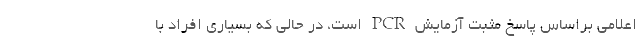
اعلامی براساس پاسخ مثبت آزمایش PCR است، در حالی که بسیاری افراد با